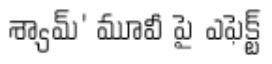
శ్యామ్' మూవీ పై ఎఫెక్ట్